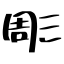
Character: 彫